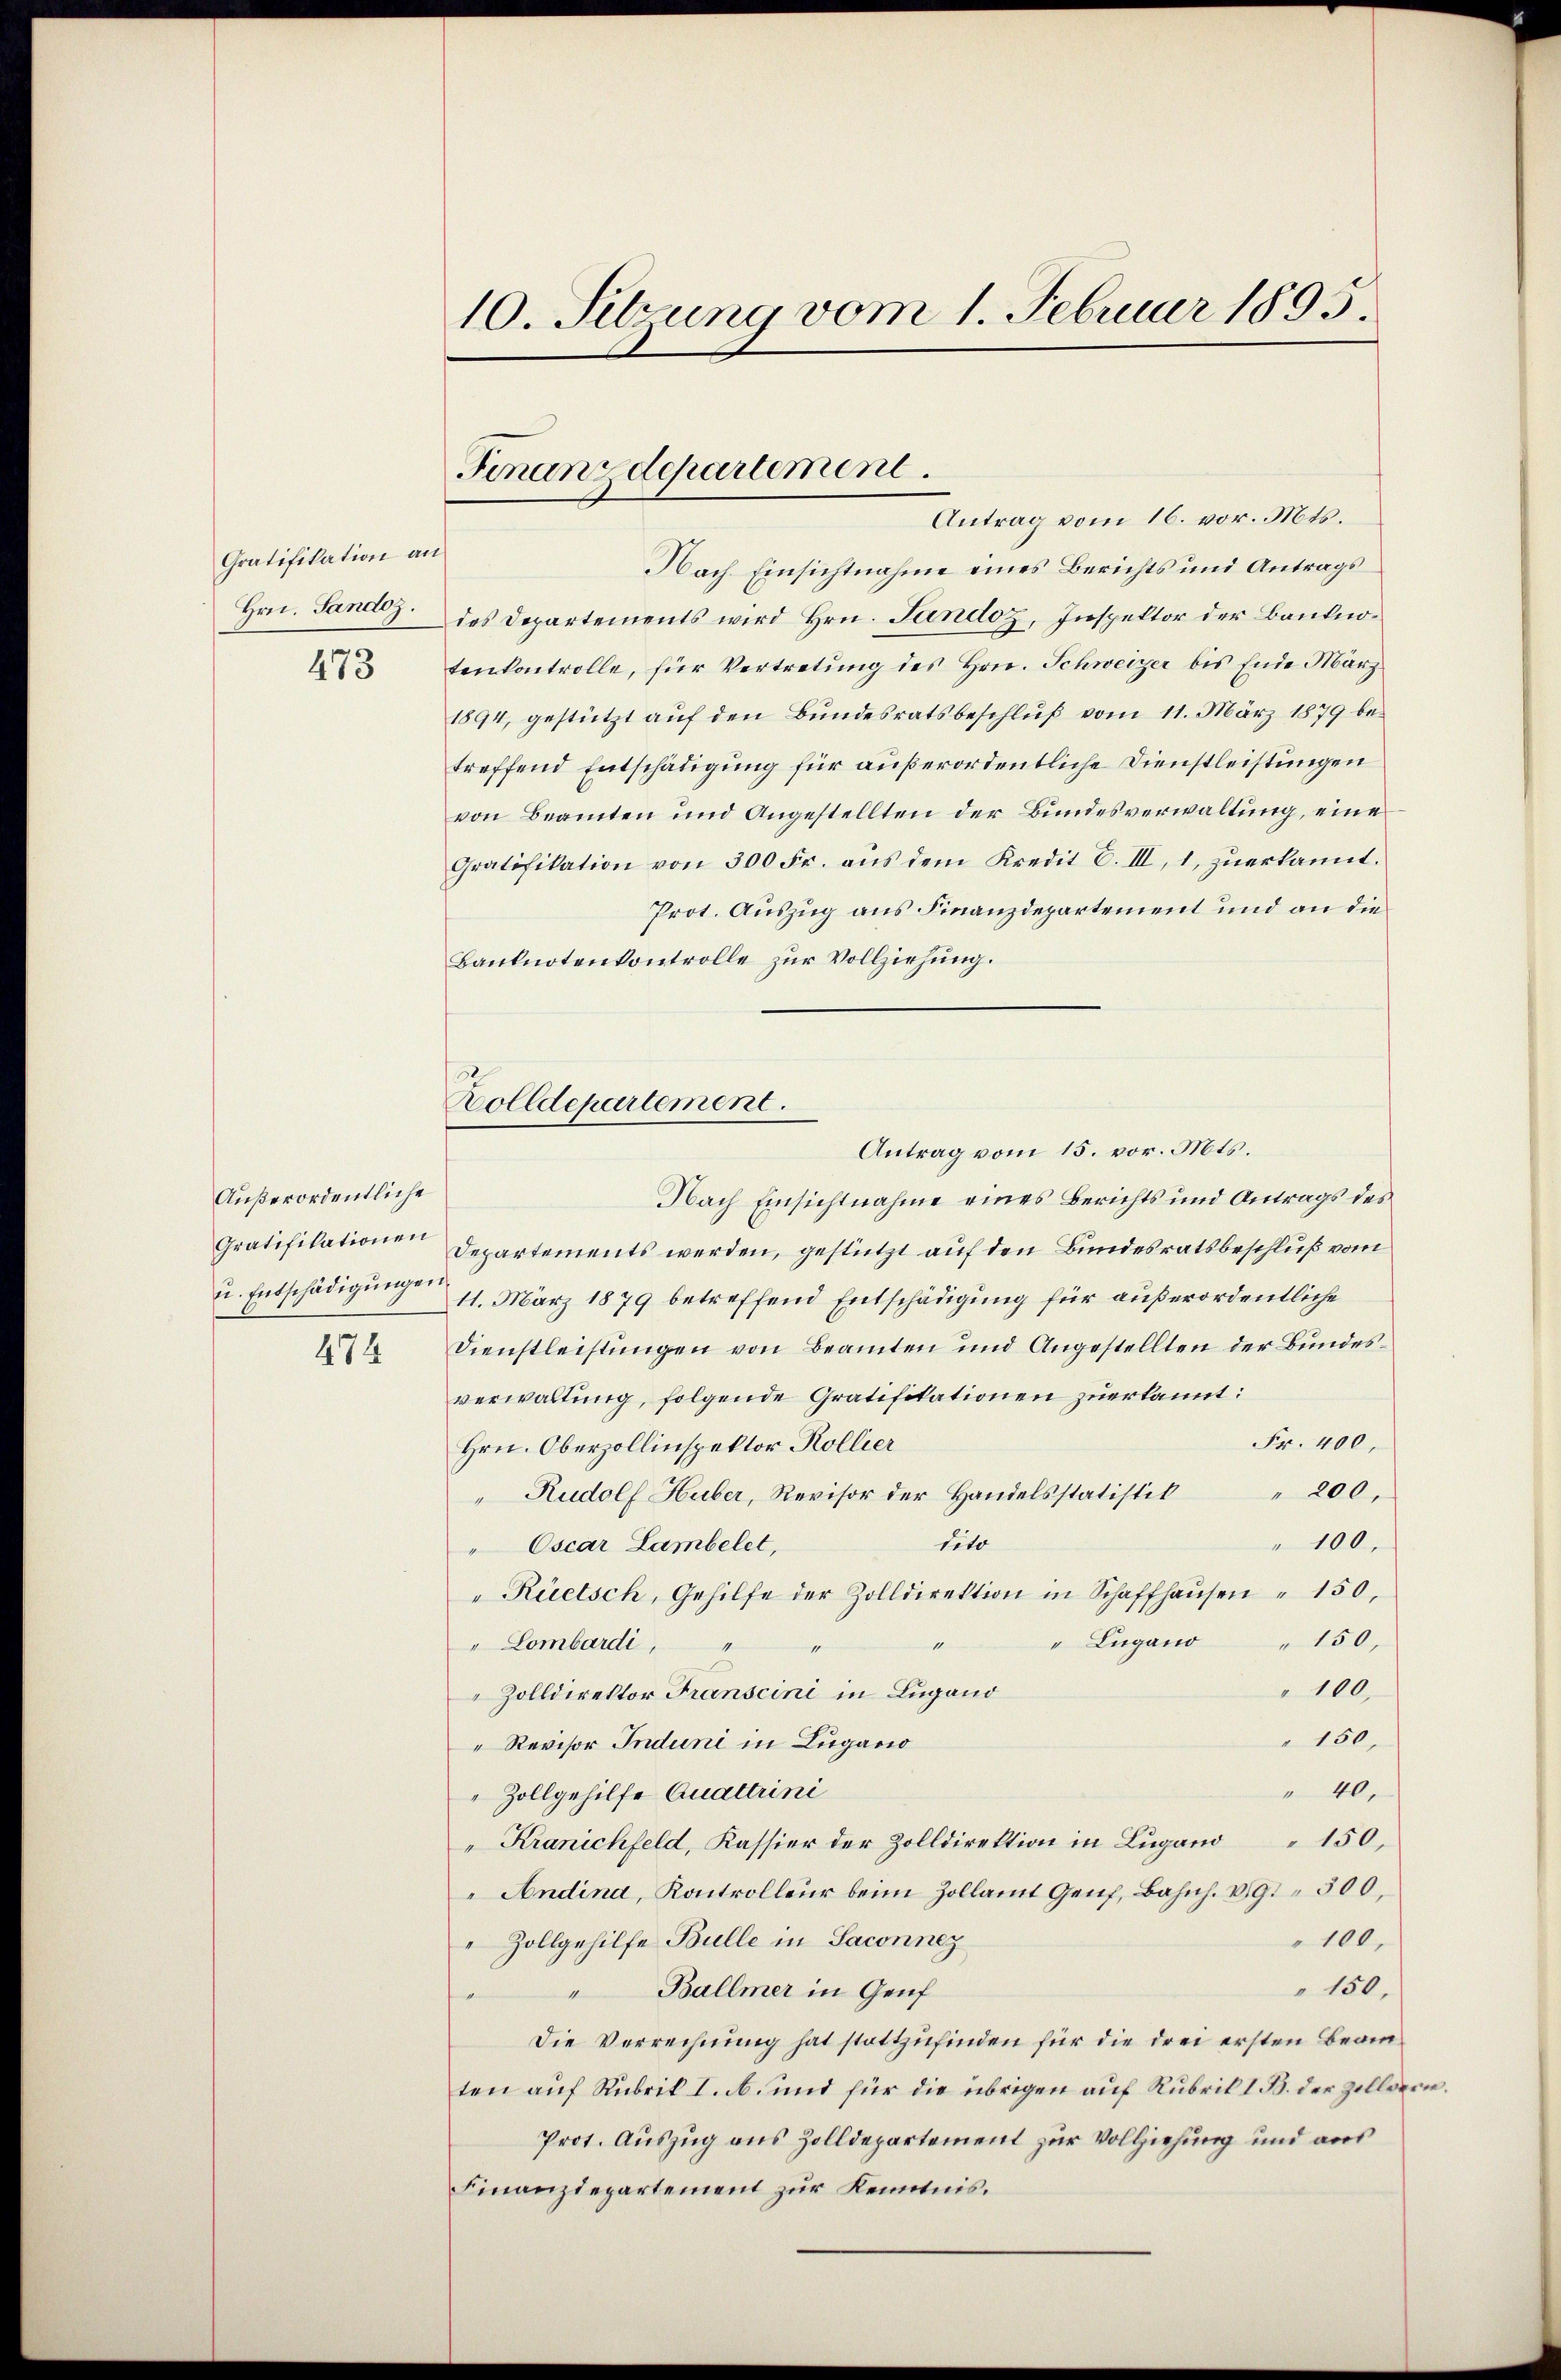
Gratifikation an
Hrn. Sandoz.

473

Außerordentliche

474

Antrag vom 16. vor. Mts.
Nach Einsichtnahme eines Berichts und Antrags
des Departements wird Hrn. Jandoz, Inspektor der Banknotenkontrolle, für Vertretung des Hrn. Schweizer bis Ende März
1894, gestützt aŭf den Bundesratsbeschlŭβ vom 11. März 1879 bei
treffend Entschädigung für außerordentliche Dienstleistungen
von Beamten und Angestellten der Bundesverwaltung, eine
Gratifikation von 300 Fr. aŭs dem Kredit C. III, 1, zŭerkannt.
Prot. Auszug aus Finanzdepartement und an die
Banknotenkontrolle zur Vollziehung.
Antrag vom 15. vor. Mts.
Nach Einsichtnahme eines Berichts und Antrags des
Gratifikationen Departements werden, gestützt auf den Bundesratsbeschluß vom
u. Entschädigung 11. März 1879 betreffend Entschädigung für außerordentliche
Dienstleistungen von Beamten und Angestellten der Bundesverwaltung, folgende Gratifikationen zuerkannt:
Fr. 400,
Hrn. Oberzollinspektor Kollier
Rudolf Huber, Revisor der Handelsstatistik " 200,
tito
" 100.
Oscar Lambelet,
"Rüetsch, Gehilfe der Zolldirektion in Schaffhaŭsen " 150,
" Lugano " 150,
t
" Lombardi, " "
" 100,
Zolldirektor Franscini in Lugano
150
" Revisor Induni in Lugacio
" 40.
 Zollgehilfe Quattrini
"Kranichfeld, Kassier der Zolldirektion in Lugano " 150,
Andina, Kontrolleur beim Zollamt Genf, Bahnh. 391 500,
 Zollgehilfe Bulle in Saconnez
100.
150,
" Ballmer in Genf
Die Verrechnung hat stattzufinden für die drei ersten Beamten auf Rubrik I. A. und für die übrigen auf Rubrik I B. der Zillverw.
Prot. Auszug aus Zolldepartement zur Vollziehung und aus
Finanzdepartement zur Kenntnis.

10. Setzung vom 1. Februar 1895.

Finanzdepartement.

Zolldepartement.